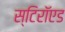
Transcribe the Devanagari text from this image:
स्टिरॉएड